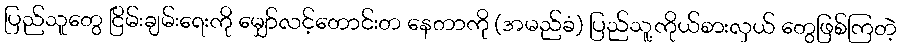
ပြည်သူတွေ ငြိမ်းချမ်းရေးကို မျှော်လင့်တောင်းတ နေတာကို (အမည်ခံ) ပြည်သူ့ကိုယ်စားလှယ် တွေဖြစ်ကြတဲ့